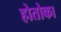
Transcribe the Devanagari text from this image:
होतोका